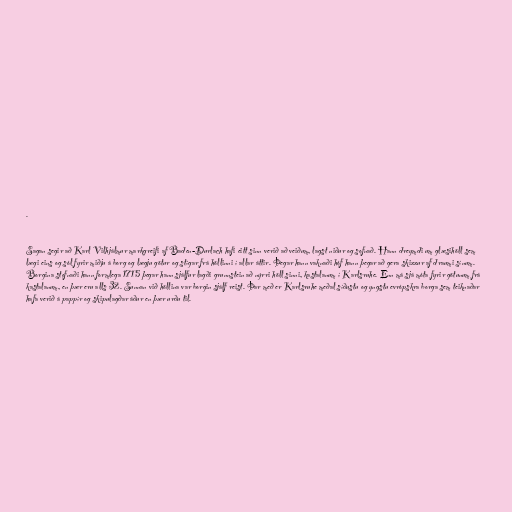
.

Sagan segir að Karl Vilhjálmur markgreifi af Baden-Durlach hafi eitt sinn verið að veiðum, lagst niður og sofnað. Hann dreymdi um glæsihöll sem
lægi eins og sól fyrir miðju á borg og lægju götur og stígar frá höllinni í allar áttir. Þegar hann vaknaði hóf hann þegar að gera skizzur af draumi sínum.
Borgina stofnaði hann formlega 1715 þegar hann sjálfur lagði grunnstein að nýrri höll sinni, kastalanum í Karlsruhe. Enn má sjá móta fyrir götunum frá
kastalanum, en þær eru alls 32. Sunnan við höllina var borgin sjálf reist. Þar með er Karlsruhe meðal síðustu og yngstu evrópskra borga sem teiknaðar
hafa verið á pappír og skipulagðar áður en þær urðu til.